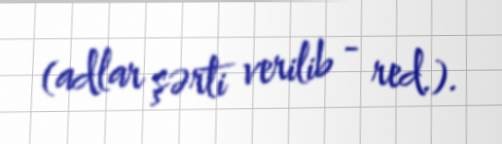
(adlar şərti verilib - red.).